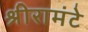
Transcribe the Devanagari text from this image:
श्रीरामंटे